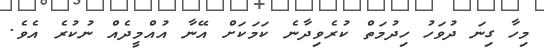
މިހާ ގިނަ ދުވަހު ހިދުމަތް ކުރެވިދާނެ ކަމަކަށް އޭނާ އުއްމީދެއް ނުކުރެ އެވެ.